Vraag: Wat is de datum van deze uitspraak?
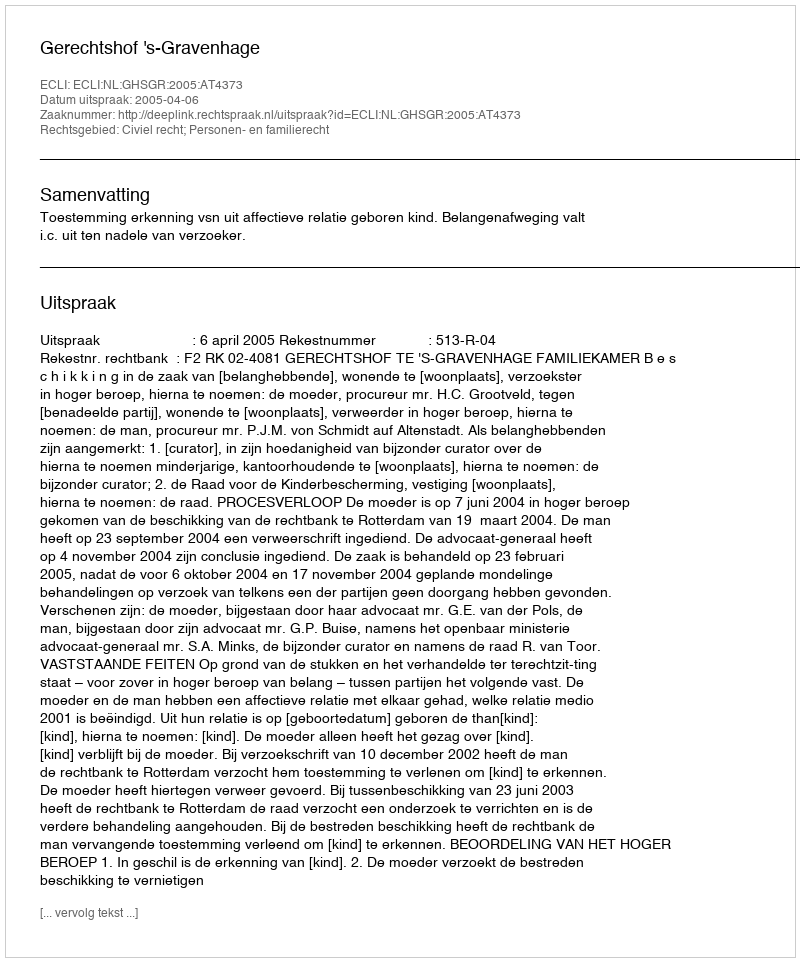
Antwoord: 2005-04-06